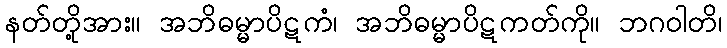
နတ်တို့အား။ အဘိဓမ္မာပိဋကံ၊ အဘိဓမ္မာပိဋကတ်ကို။ ဘဂဝါတိ၊